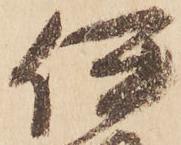
伊